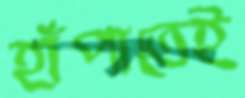
হাঁপাতেই